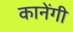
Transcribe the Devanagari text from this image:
कानेंगी